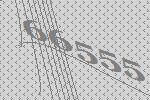
66555